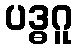
ပဒ္ဓဂူ